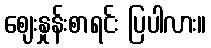
ဈေးနှုန်းစာရင်း ပြပါလား။